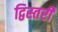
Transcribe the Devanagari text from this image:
द्विस्तरी